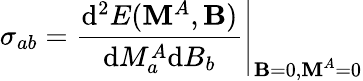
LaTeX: \sigma_{ab}=\left.\frac{\mathrm{d}^{2}E(\mathbf{M}^{A},\mathbf{B})}{\mathrm{d}M_{a}^{A}\mathrm{d}B_{b}}\right|_{\textbf{B}=0,\textbf{M}^{A}=0}